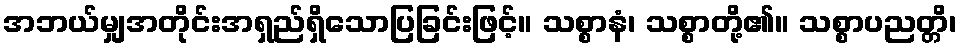
အဘယ်မျှအတိုင်းအရှည်ရှိသောပြခြင်းဖြင့်။ သစ္စာနံ၊ သစ္စာတို့၏။ သစ္စာပညတ္တိ၊